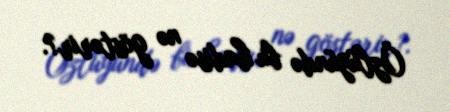
Özlüyündə bu hadisə nə göstərir?.